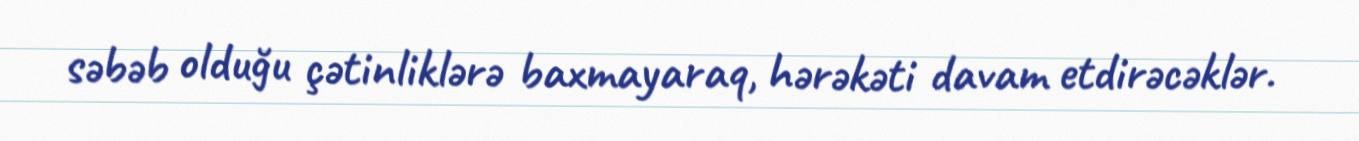
səbəb olduğu çətinliklərə baxmayaraq, hərəkəti davam etdirəcəklər.